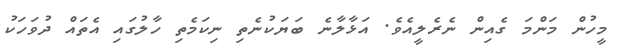
މީހުން މަންމަ ގެއިން ނެރެލީއެވެ. އަޅާލާނެ ބަޔަކުނެތި ނިކަމެތި ހާލުގައި އެތައް ދުވަހަކު